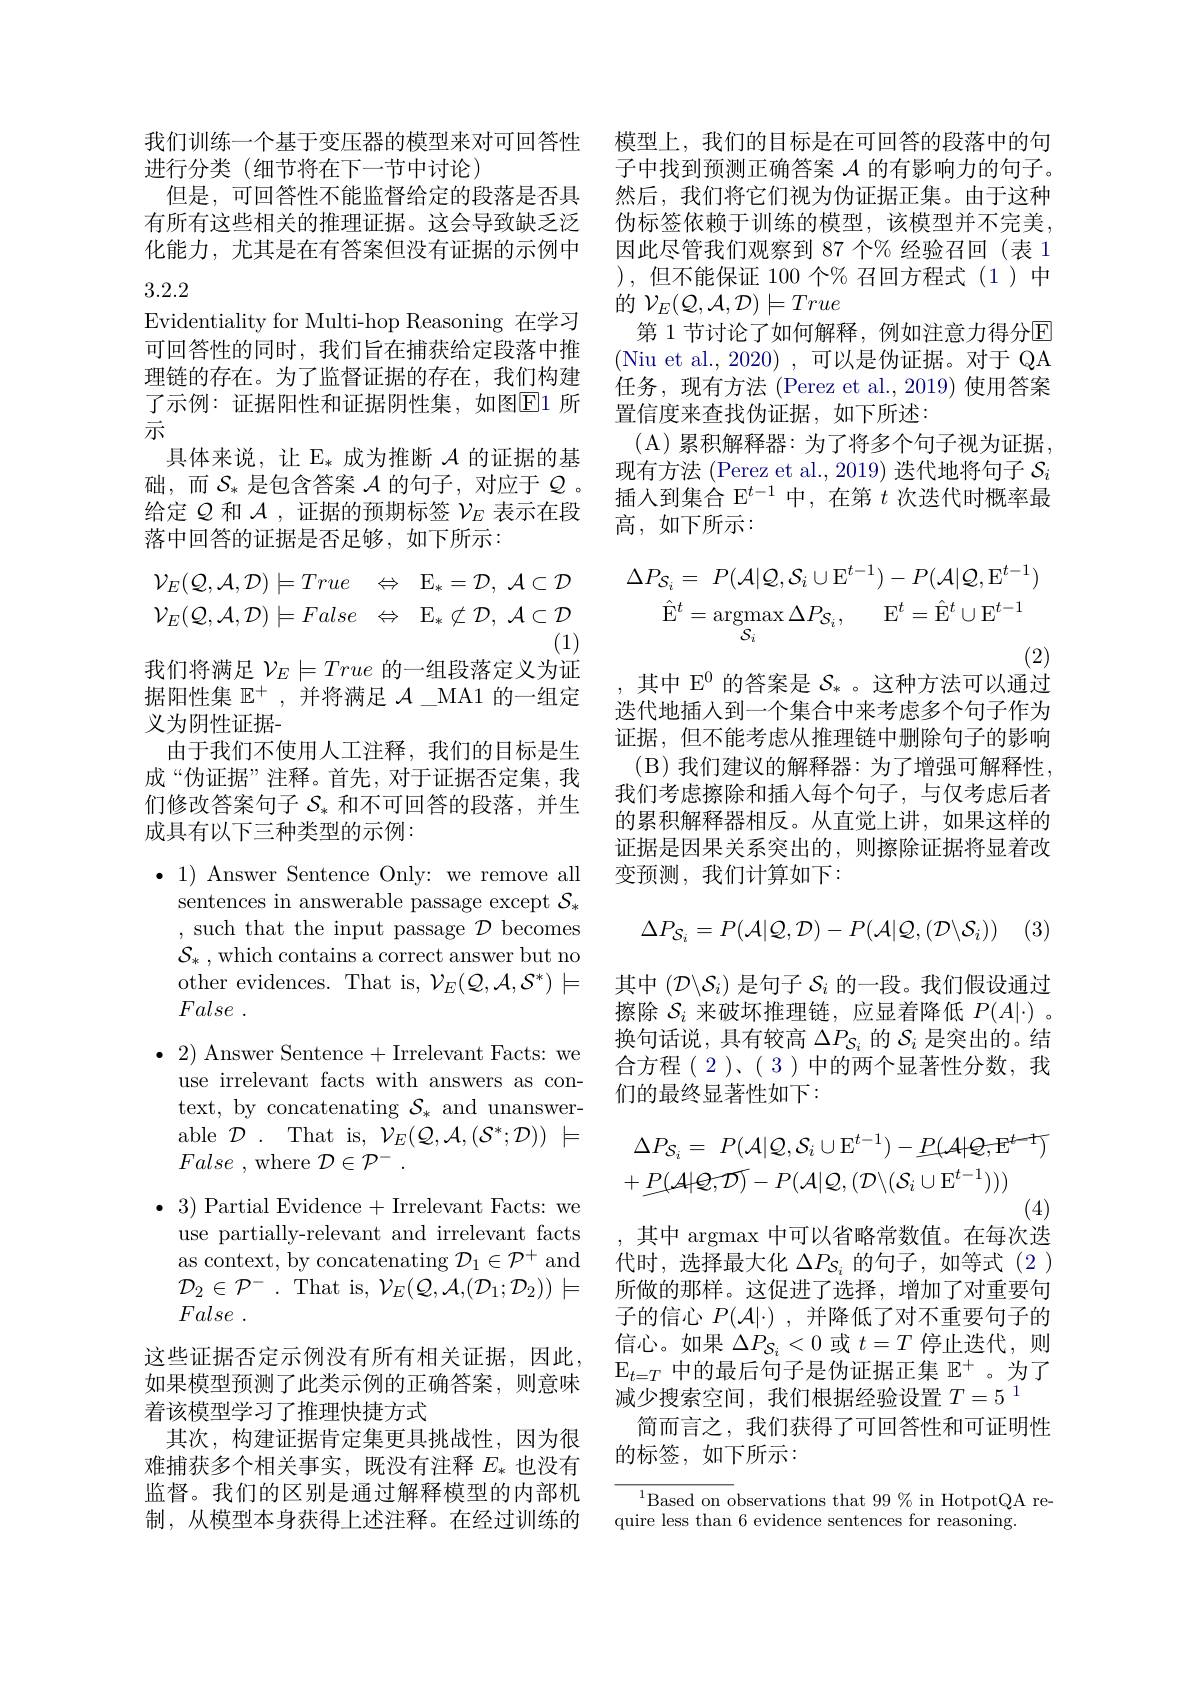
模型上，我们的目标是在可回答的段落中的句子中找到预测正确答案$\mathcal{A}$的有影响力的句子。然后，我们将它们视为伪证据正集。由于这种伪标签依赖于训练的模型，该模型并不完美， 因此尽管我们观察到 87 个% 经验召回(表 1 ),但不能保证 100 个% 召回方程式(1)中的$\mathcal{V}_E(\mathcal{Q},\mathcal{A},\mathcal{D})\models True$
第 1 节讨论了如何解释，例如注意力得分$\mathbb{E}$ (Niu et al., 2020) , 可以是伪证据。对于 QA 任务，现有方法 (Perez et al.,2019) 使用答案置信度来查找伪证据，如下所述：
( A) 累积解释器：为了将多个句子视为证据， 现有方法 (Perez et al., 2019) 迭代地将句子$\mathcal{S}_i$ 插人到集合 E$^{t-1}$中，在第$t$次迭代时概率最高，如下所示：

我们训练一个基于变压器的模型来对可回答性
进行分类(细节将在下一节中讨论)
但是，可回答性不能监督给定的段落是否具有所有这些相关的推理证据。这会导致缺乏泛化能力，尤其是在有答案但没有证据的示例中

# 3.2.2

Evidentiality for Multi-hop Reasoning 在学习可回答性的同时，我们旨在捕获给定段落中推理链的存在。为了监督证据的存在，我们构建了示例：证据阳性和证据阴性集，如图$\overline{\mathrm{E}}$1 所示
具体来说，让 E$_*$成为推断$\mathcal{A}$的证据的基础，而$\mathcal{S}_*$是包含答案$\mathcal{A}$的句子，对应于$\mathcal{Q}$ 。给定$Q$和$\mathcal{A}$,证据的预期标签$\mathcal{V}_E$表示在段落中回答的证据是否足够，如下所示：
$$\begin{aligned}&\mathcal{V}_{E}(\mathcal{Q},\mathcal{A},\mathcal{D})\models True\quad\Leftrightarrow\quad\mathrm{E}_{*}=\mathcal{D},\:\mathcal{A}\subset\mathcal{D}\quad\Delta P_{\mathcal{S}_{i}}=\quad P(\mathcal{A}|\mathcal{Q},\mathcal{S}_{i}\cup\mathrm{E}^{t-1})-P(\mathcal{A}|\mathcal{Q},\mathrm{E}^{t-1})\\&\mathcal{V}_{E}(\mathcal{Q},\mathcal{A},\mathcal{D})\models False\quad\Leftrightarrow\quad\mathrm{E}_{*}\not\subset\mathcal{D},\:\mathcal{A}\subset\mathcal{D}\quad\hat{\mathrm{E}}^{t}=\mathrm{argmax}\:\Delta P_{\mathcal{S}_{i}},\quad\mathrm{E}^{t}=\hat{\mathrm{E}}^{t}\cup\mathrm{E}^{t-1}\\&&(1)\end{aligned}$$
我们将满足$\mathcal{V}_E\models True$的一组段落定义为证据阳性集$\mathbb{E}^+$,并将满足$\mathcal{A}\_$MA1 的一组定义为阴性证据-
由于我们不使用人工注释，我们的目标是生成“伪证据”注释。首先，对于证据否定集，我们修改答案句子$\mathcal{S}_*$和不可回答的段落，并生成具有以下三种类型的示例：
$\bullet$ 1) Answer Sentence Only: we remove all

sentences in answerable passage except $\mathcal{S}_*$ , such that the input passage $\mathcal{D}$ becomes $\mathcal{S}_{*}$ , which contains a correct answer but no other evidences. That is, $\mathcal{V}_E(\mathcal{Q},\mathcal{A},\mathcal{S}^*)\models$ False .
$\bullet$ 2) Answer Sentence+Irrelevant Facts: we
use irrelevant facts with answers as context, by concatenating $\mathcal{S}_*$ and unanswerable $\mathcal{D}$ . That is, $\mathcal{V} _E( \mathcal{Q} , \mathcal{A} , ( \mathcal{S} ^* ; \mathcal{D} ) )$ $\models$ False ,where $\mathcal{D} \in \mathcal{P} ^-$ .
$\bullet~3)~$Partial Evidence+Irrelevant Facts: we
use partially-relevant and irrelevant facts as context, by concatenating $\mathcal{D}_1\in\mathcal{P}^+$ and $\mathcal{D} _{2}\in \mathcal{P} ^{- }$ . That is, $\mathcal{V}_E(\mathcal{Q},\mathcal{A},(\mathcal{D}_1;\mathcal{D}_2))\models$ False .
这些证据否定示例没有所有相关证据，因此， 如果模型预测了此类示例的正确答案，则意味着该模型学习了推理快捷方式
其次，构建证据肯定集更具挑战性，因为很难捕获多个相关事实，既没有注释$E_*$也没有监督。我们的区别是通过解释模型的内部机制，从模型本身获得上述注释。在经过训练的

,其中 E$^0$的答案是$\mathcal{S}_*$ 。这种方法可以通过

迭代地插人到一个集合中来考虑多个句子作为证据，但不能考虑从推理链中删除句子的影响(B)我们建议的解释器：为了增强可解释性， 我们考虑擦除和插入每个句子，与仅考虑后者的累积解释器相反。从直觉上讲，如果这样的证据是因果关系突出的，则擦除证据将显着改变预测，我们计算如下：
$$\Delta P_{\mathcal{S}_{i}}=P(\mathcal{A}|\mathcal{Q},\mathcal{D})-P(\mathcal{A}|\mathcal{Q},(\mathcal{D}\backslash\mathcal{S}_{i}))$$
其中$(\mathcal{D}\backslash\mathcal{S}_i)$是句子$\mathcal{S}_i$的一段。我们假设通过擦除$\mathcal{S}_i$来破坏推理链，应显着降低$P(A|\cdot)$ 。换句话说，具有较高$\Delta P_{\mathcal{S}_i}$的$\mathcal{S}_i$是突出的。结合方程(2)、(3)中的两个显著性分数，我们的最终显著性如下：
$$\begin{aligned}&\Delta P_{\mathcal{S}_{i}}=\:P(\mathcal{A}|\mathcal{Q},\mathcal{S}_{i}\cup\mathrm{E}^{t-1})-P(\mathcal{A}|\mathcal{Q},\mathrm{E}^{t-1})\\&+\underline{P(\mathcal{A}|\mathcal{Q},\mathcal{D})}-P(\mathcal{A}|\mathcal{Q},(\mathcal{D}\backslash(\mathcal{S}_{i}\cup\mathrm{E}^{t-1})))\end{aligned}$$
,其中 argmax 中可以省略常数值。在每次迭代时，选择最大化$\Delta P_{S_i}$的句子，如等式(2) 所做的那样。这促进了选择，增加了对重要句子的信心$P(\mathcal{A}|\cdot)$,并降低了对不重要句子的信心。如果$\Delta P_{\mathcal{S}_i}<0$或$t=T$停止迭代，则$\mathbb{E}_{t=T}$中的最后句子是伪证据正集$\mathbb{E}^+$。为了减少搜索空间，我们根据经验设置$T=5^1$
简而言之，我们获得了可回答性和可证明性
的标签，如下所示：

$^{1}$Based on observations that 99%in HotpotQA re-
quire less than 6 evidence sentences for reasoning.